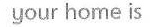
your home is